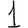
Digit: 1